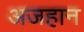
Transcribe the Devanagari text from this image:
अजहान